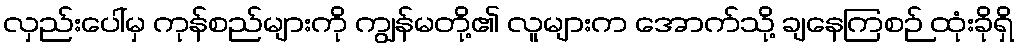
လှည်းပေါ်မှ ကုန်စည်များကို ကျွန်မတို့၏ လူများက အောက်သို့ ချနေကြစဉ် ထုံးခိုရှိ